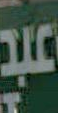
عبد